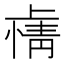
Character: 𫠽